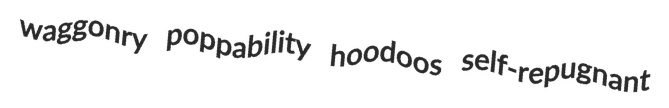
waggonry poppability hoodoos self-repugnant